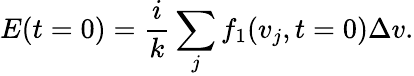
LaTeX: E(t=0)=\frac{i}{k}\sum_{j}f_{1}(v_{j},t=0)\Delta v.